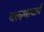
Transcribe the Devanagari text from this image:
बल्ल्भाचार्य